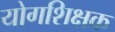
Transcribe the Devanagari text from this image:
योगशिक्षक